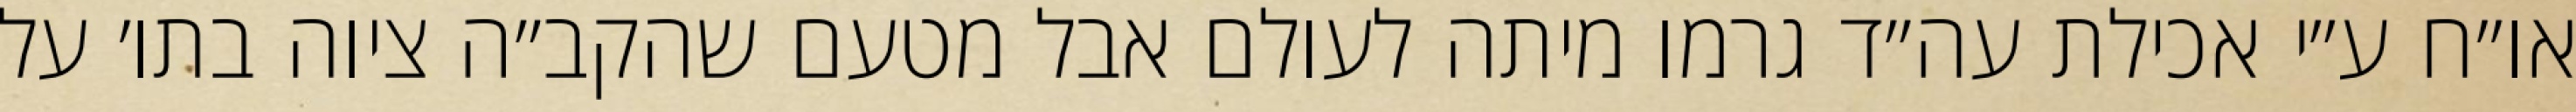
או״ח ע״י אכילת עה״ד גרמו מיתה לעולם אבל מטעם שהקב״ה ציוה בתו׳ על